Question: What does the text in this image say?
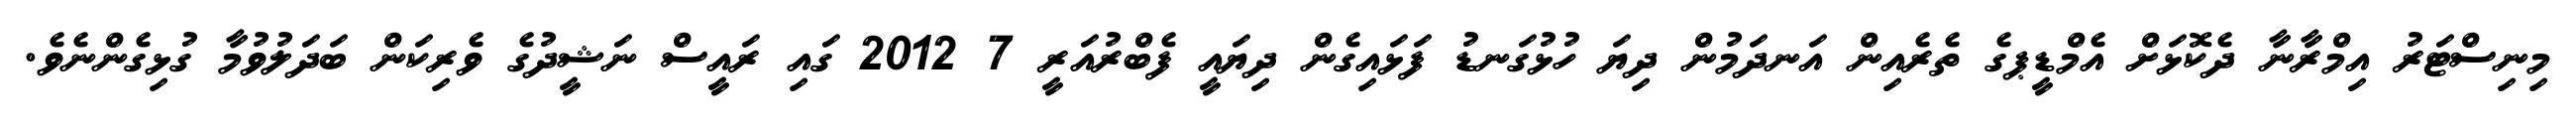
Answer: މިނިސްޓަރު އިމްރާނާ ދެކޮޅަށް އެމްޑީޕގެ ތެރެއިން އަނދަމުން ދިޔަ ހުޅުގަނޑު ފަޅައިގެން ދިޔައީ ފެބްރުއަރީ 7 2012 ގައި ރައީސް ނަޝީދުގެ ވެރިކަން ބަދަލުވުމާ ގުޅިގެންނެވެ.